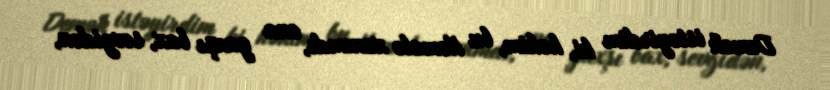
Demək istəyirdim ki, həkim, bu Kəmalə xanımdı, ona yaxşı bax, sevgidən,